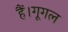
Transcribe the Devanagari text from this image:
हैं।गूगल